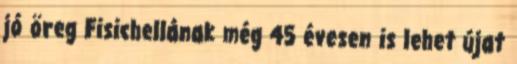
jó öreg Fisichellának még 45 évesen is lehet újat